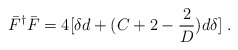
\begin{align*}\bar F^\dagger \bar F = 4 [ \delta d + (C + 2 - {2\over D}) d \delta]\; .\end{align*}